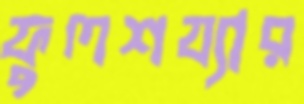
ফুলশয্যার